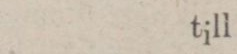
till